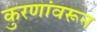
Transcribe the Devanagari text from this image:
कुरणांवरून